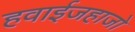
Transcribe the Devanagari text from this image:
हवाईजहाजो